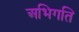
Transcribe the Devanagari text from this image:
अभिगति